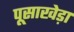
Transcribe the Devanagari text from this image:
पूसाखेड़ा